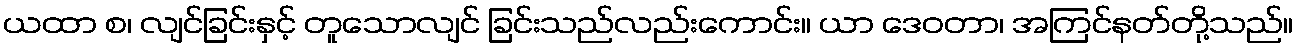
ယထာ စ၊ လျင်ခြင်းနှင့် တူသောလျင် ခြင်းသည်လည်းကောင်း။ ယာ ဒေဝတာ၊ အကြင်နတ်တို့သည်။